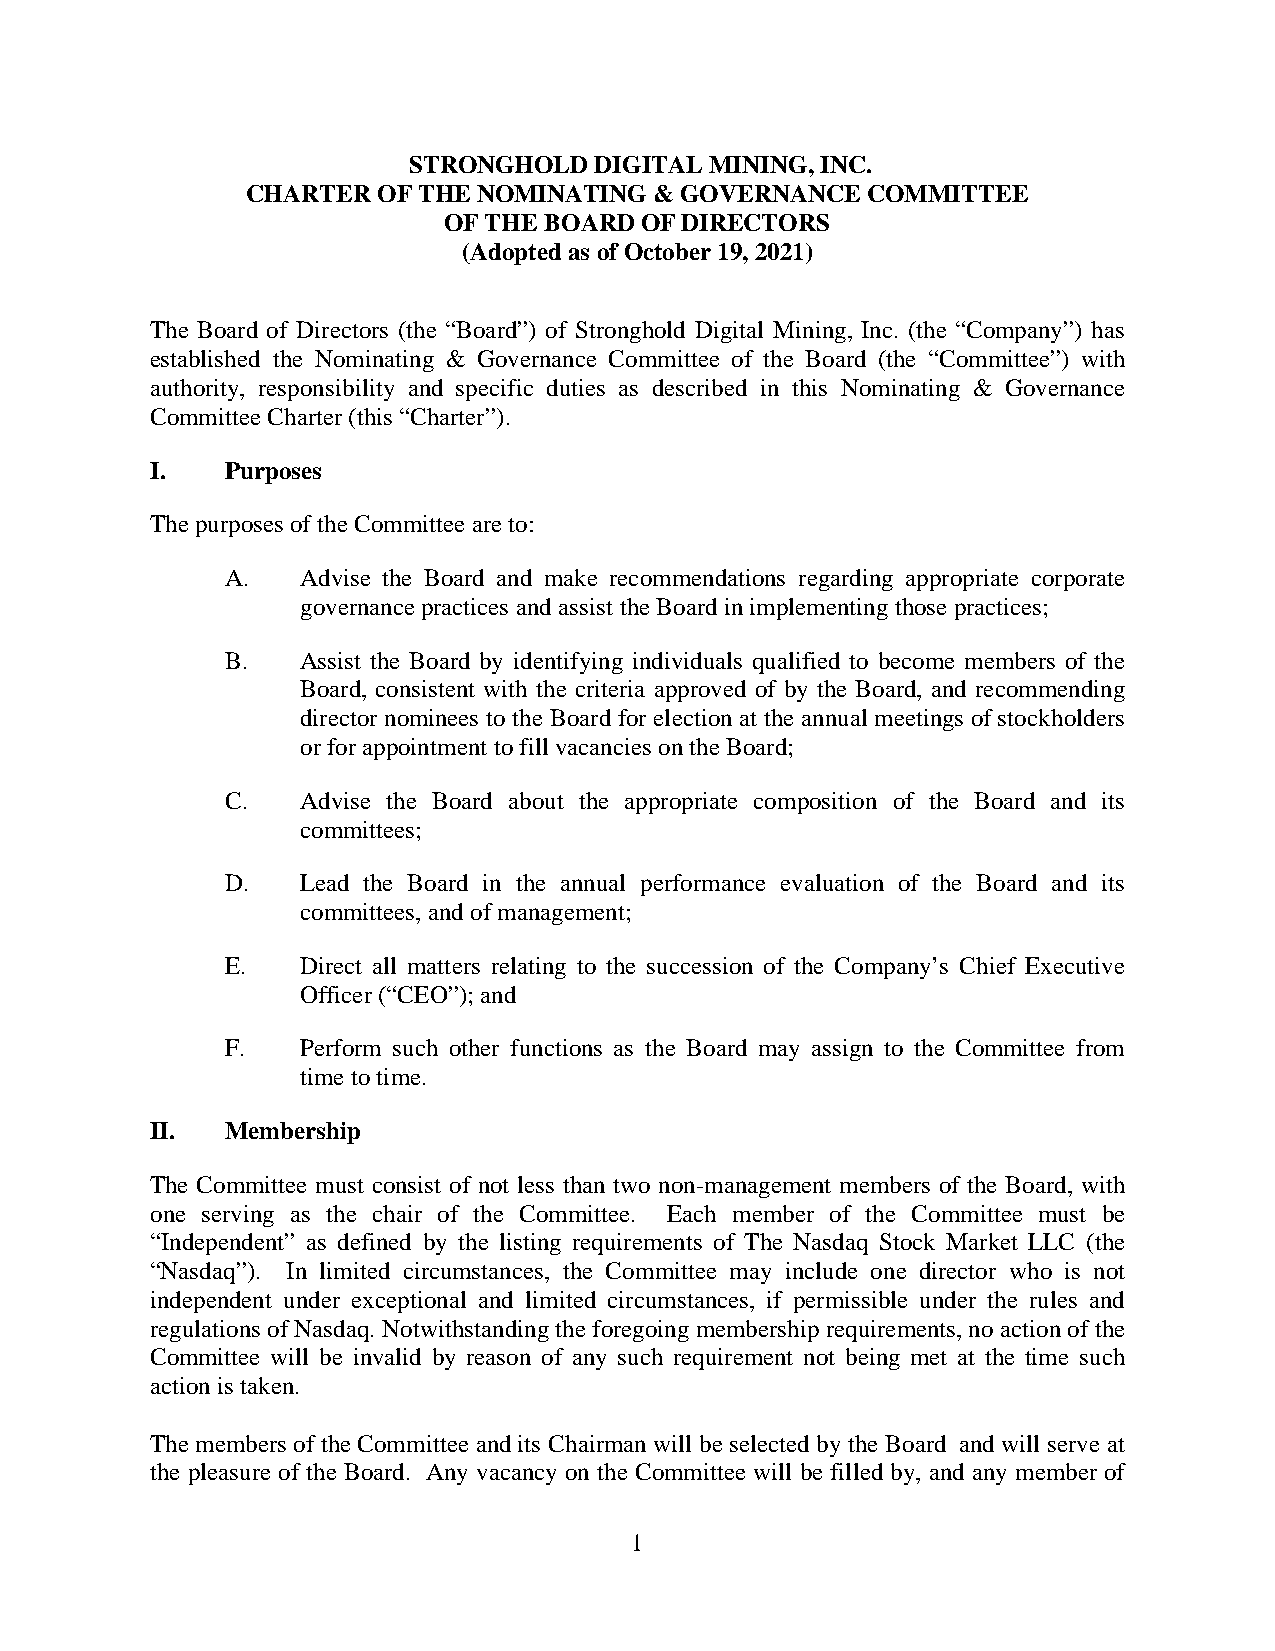
STRONGHOLD  DIGITAL MINING, INC.
 CHARTER  OF THE NOMINATING & GOVERNANCE  COMMITTEE
 OF THE BOARD OF DIRECTORS
 (Adopted as of October 19, 2021)
 The Board of Directors (the “Board”) of Stronghold Digital Mining, Inc. (the “Company”) has
 established the Nominating & Governance Committee of the Board (the “Committee”) with
 authority, responsibility and specific duties as described in this Nominating & Governance
 Committee Charter (this “Charter”).
 I.   Purposes
 The purposes of the Committee are to:
 A.   Advise the Board and make recommendations regarding appropriate corporate
 governance practices and assist the Board in implementing those practices;
 B.   Assist the Board by identifying individuals qualified to become members of the
 Board, consistent with the criteria approved of by the Board, and recommending
 director nominees to the Board for election at the annual meetings of stockholders
 or for appointment to fill vacancies on the Board;
 C.   Advise the Board about the appropriate composition of the Board and its
 committees;
 D.   Lead the Board in the annual performance evaluation of the Board and its
 committees, and of management;
 E.   Direct all matters relating to the succession of the Company’s Chief Executive
 Officer (“CEO”); and
 F.   Perform such other functions as the Board may assign to the Committee from
 time to time.
 II.  Membership
 The Committee must consist of not less than two non-management members of the Board, with
 one serving as the chair of the Committee. Each member of the Committee must be
 “Independent” as defined by the listing requirements of The Nasdaq Stock Market LLC (the
 “Nasdaq”). In limited circumstances, the Committee may include one director who is not
 independent under exceptional and limited circumstances, if permissible under the rules and
 regulations of Nasdaq. Notwithstanding the foregoing membership requirements, no action of the
 Committee will be invalid by reason of any such requirement not being met at the time such
 action is taken.
 The members of the Committee and its Chairman will be selected by the Board and will serve at
 the pleasure of the Board. Any vacancy on the Committee will be filled by, and any member of
 1